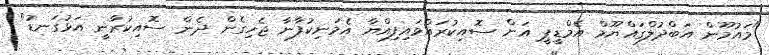
"މައުމޫން އަބްދުލްގައްޔޫމް އެމްޑީޕީ އަށް ސޮއިކުރައްވައިފިއްޔާ އެމަނިކުފާނާ ޖެހިގެން ދެން ސޮއިކުރާނީ އަޅުގަނޑު"